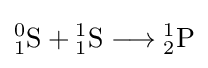
{{\mathrm {^{0}_{1}S} }{}+{}{\mathrm {^{1}_{1}S} }{}\mathrel {\longrightarrow } {}{\mathrm {^{1}_{2}P} }}